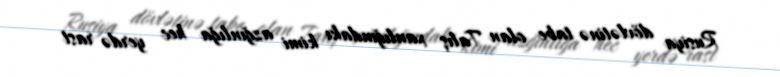
Rusiya dövlətinə tabe olan Talış xanlığındakı kimi azğınlığa hec yerdə rast